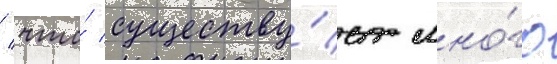
/ что́ существу́ет мно́го